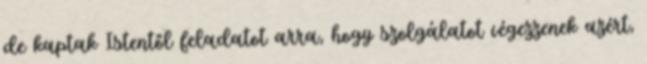
de kaptak Istentől feladatot arra, hogy szolgálatot végezzenek azért,